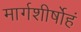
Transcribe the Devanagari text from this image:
मार्गशीर्षोहं